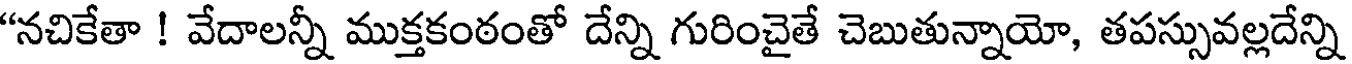
"నచికేతా ! వేదాలన్నీ ముక్తకంఠంతో దేన్ని గురించైతే చెబుతున్నాయో, తపస్సువల్లదేన్ని